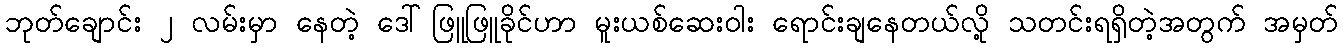
ဘုတ်ချောင်း ၂ လမ်းမှာ နေတဲ့ ဒေါ်ဖြူဖြူခိုင်ဟာ မူးယစ်ဆေးဝါး ရောင်းချနေတယ်လို့ သတင်းရရှိတဲ့အတွက် အမှတ်